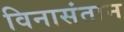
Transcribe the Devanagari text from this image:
विनासंतान